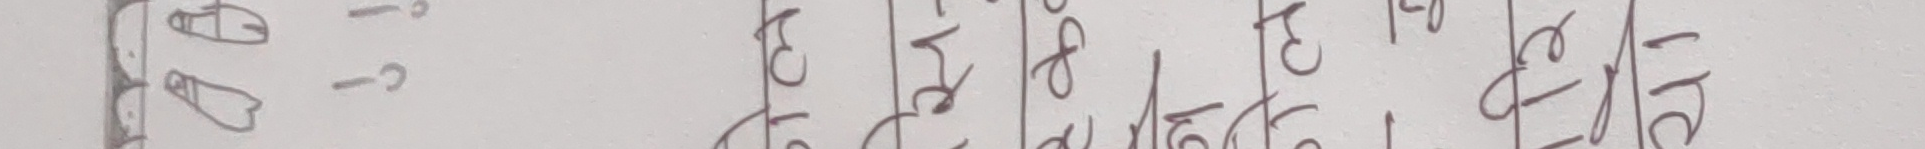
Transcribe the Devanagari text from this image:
- १ इ उ ए ओ अ
- ८ ई ऊ ऐ औ आ